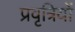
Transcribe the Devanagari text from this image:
प्रवृत्रियों